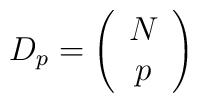
D_{p}=\left(\begin{array}{c} N \\                              p \end{array}\right)